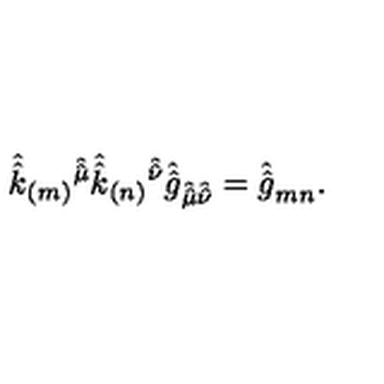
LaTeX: \hat { \hat { k } } _ { ( m ) } { } ^ { \hat { \hat { \mu } } } \hat { \hat { k } } _ { ( n ) } { } ^ { \hat { \hat { \nu } } } \hat { \hat { g } } _ { \hat { \hat { \mu } } \hat { \hat { \nu } } } = \hat { \hat { g } } _ { m n } .